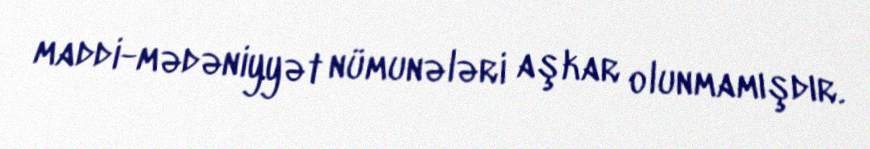
maddi-mədəniyyət nümunələri aşkar olunmamışdır.